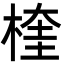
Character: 楏